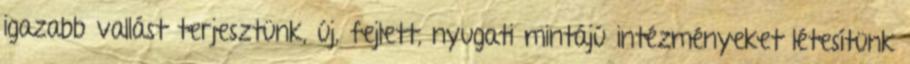
igazabb vallást terjesztünk, új, fejlett, nyugati mintájú intézményeket létesítünk